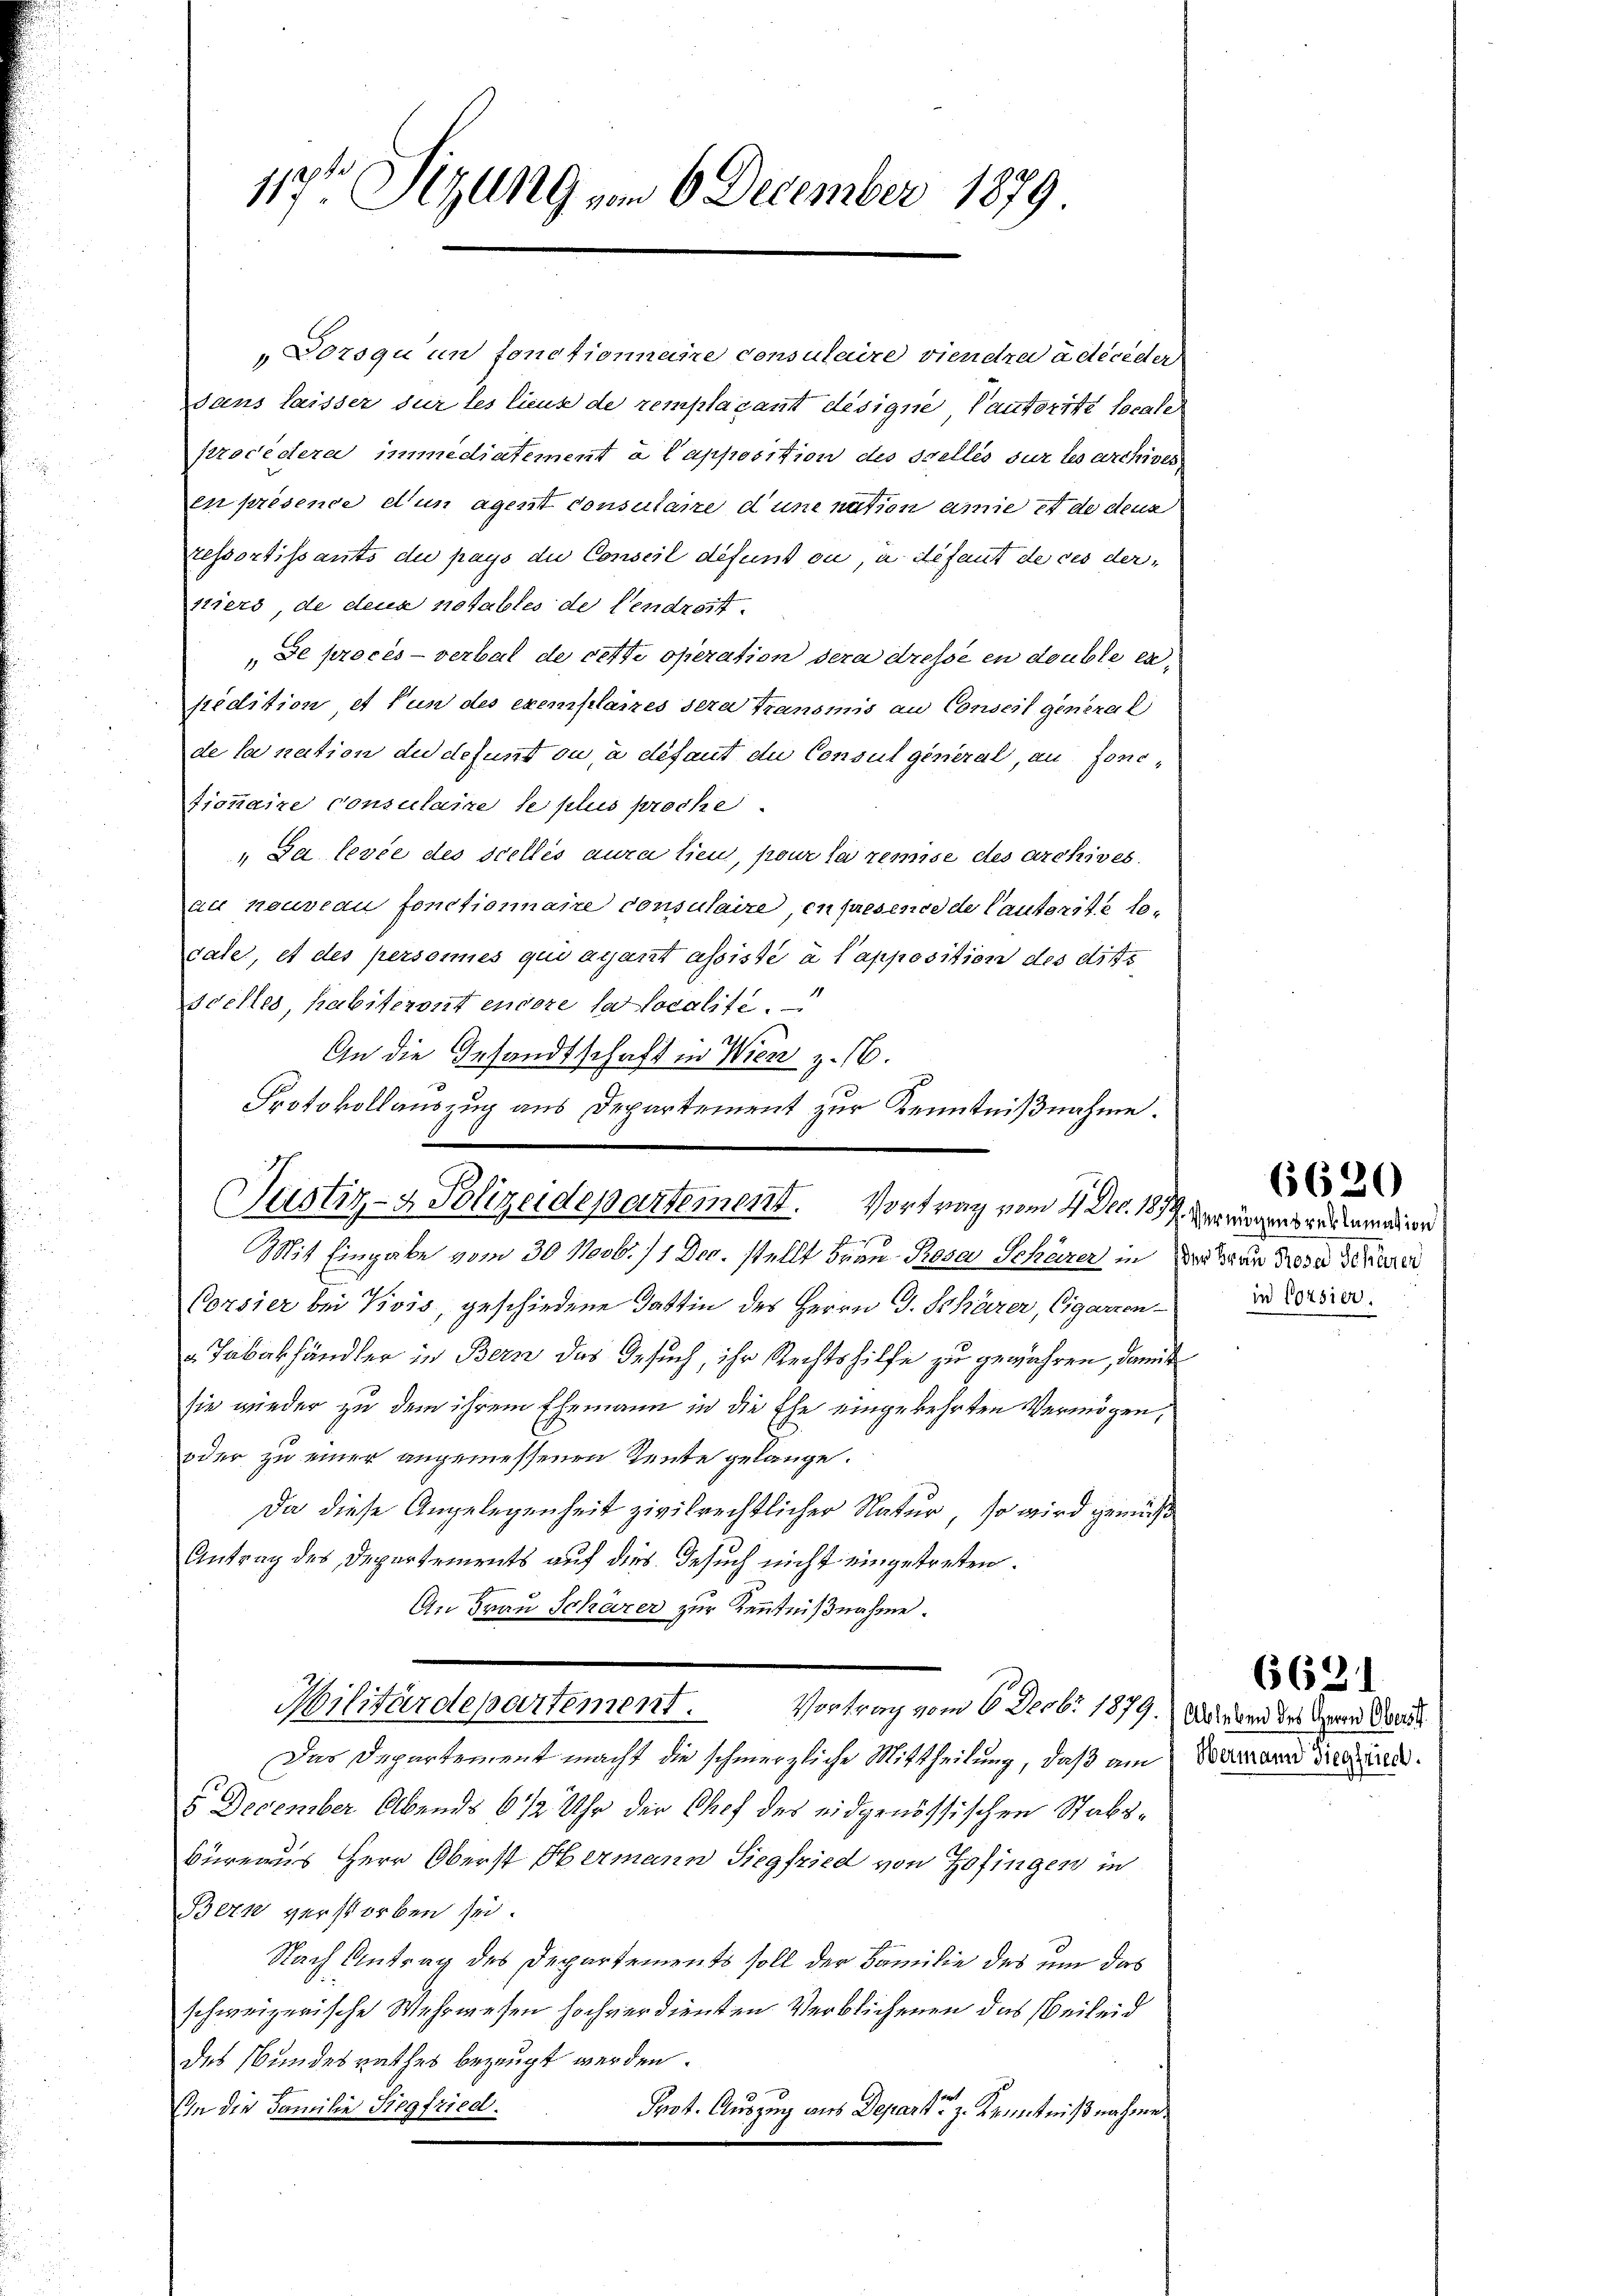
117ten Sitzung vom 6 December 1879

„Dorsqu’un fonctionene consulaire viendre à deceder
dans laisser sur les lieute de remplacant désigne, Pautorité locale
procedera immediatement à l’apposition des scelles sur les archives
en présence d’un agent consultaire d une nation amie et de denk
ressortissants de pays die Conseil defunt ou, à défaut de ces derstiers, de deux notables de vendroit.
 de procès-verbal de cette operation dera dresse en double erpédition et fun des exemplanes sera Transmis an Conseil general
de la nation des defunt ou, à défaut du Consul general, au fonctionaire consulaire le plus proche.
"Da levée des scellés aura lieu, pour les remise des Archives.
au neuveau fonctionnaire consulaire, en presence de Cautorite lecale, et des personnes qui agant assisté à l’apposition des ditsscelles, habiteront encore la localite.
9
Mit Eingabe vom 30 Novb. 11 Dec. stellt dran Rosa Schärer in der Rosen de
Corsier bei Kivis, geschiedene Gattin des Herrn J. Schärer, Cigarren in Versie
v. Tabakhändler in Bern das Gesuch, ihr Rechtshilfe zu gewähren, damit
sie wieder zu dem ihrem Ehemann in die Ehe eingekehrten Vermögen,
oder zu einer angemessenen Teute gelange.
Da diese Angelegenheit zivilrechtlicher Natur, so wird gemüss
Antrag des Departements auf dies Gesuch nicht eingetreten.
An Frau Schärer zur Kenntnißnahme.
Militärdepartement.
Vortrag vom 6. Decbr 1879. Ableben des Grund Paul
Das Departement macht die schmerzliche Mittheilung, daß am Sarrare Freud
5 December Abends 6 1/2 Uhr der Chef des eidgenössischen Stabs¬
Büreaus Herr Oberst Hermann Siegfried von Hofingen in
Bern verstorben sei.
Nach Antrag des Departements soll der Familie des um das
schweizerische Wehrwesen hochverdienten Verblichenen das Weileid
des Bundesrathes bezeugt werden.
In die Familie Siegfried.
Prot. Auszug aus Departe z. Kenntnißnahme.

An die Gesandtschaft in Wien z. 16.
Protokollauszug aus Departement zur Kenntnißnahme.
Justiz- & Polizeidepartement. Vortrag vom 4. Dec. 1874 vermögensrestemation

6620

(631